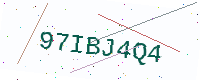
Text: 97IBJ4Q4